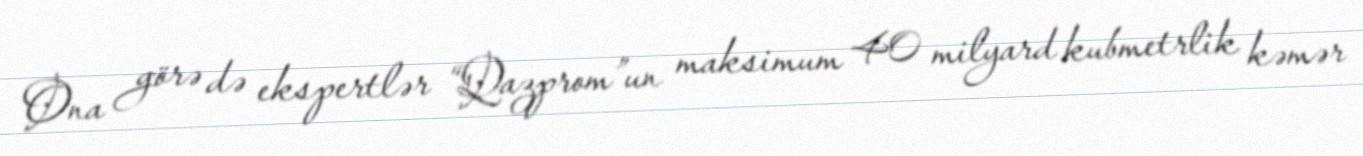
Ona görə də ekspertlər “Qazprom”un maksimum 40 milyard kubmetrlik kəmər